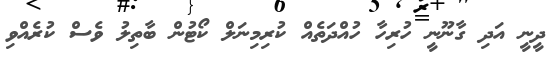
ދީނީ އަދި ގާނޫނީ ހުރިހާ ހުއްދަތެއް ކުރިމިނަލް ކޯޓުން ބާތިލު ވެސް ކުރެއްވި